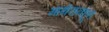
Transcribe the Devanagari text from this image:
माथेरानहून